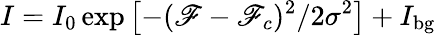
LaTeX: I=I_{0}\exp{\left[-(\mathscr{F}-\mathscr{F}_{c})^{2}/2\sigma^{2}\right]}+I_{\mathrm{{bg}}}